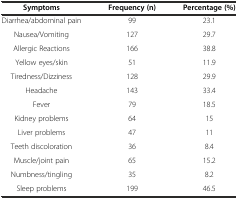
<table><thead><tr><td><b>Symptoms</b></td><td><b>Frequency (n)</b></td><td><b>Percentage (%)</b></td></tr></thead><tbody><tr><td>Diarrhea/abdominal pain</td><td>99</td><td>23.1</td></tr><tr><td>Nausea/Vomiting</td><td>127</td><td>29.7</td></tr><tr><td>Allergic Reactions</td><td>166</td><td>38.8</td></tr><tr><td>Yellow eyes/skin</td><td>51</td><td>11.9</td></tr><tr><td>Tiredness/Dizziness</td><td>128</td><td>29.9</td></tr><tr><td>Headache</td><td>143</td><td>33.4</td></tr><tr><td>Fever</td><td>79</td><td>18.5</td></tr><tr><td>Kidney problems</td><td>64</td><td>15</td></tr><tr><td>Liver problems</td><td>47</td><td>11</td></tr><tr><td>Teeth discoloration</td><td>36</td><td>8.4</td></tr><tr><td>Muscle/joint pain</td><td>65</td><td>15.2</td></tr><tr><td>Numbness/tingling</td><td>35</td><td>8.2</td></tr><tr><td>Sleep problems</td><td>199</td><td>46.5</td></tr></tbody></table>